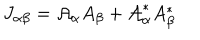
J _ { \alpha \beta } = { \cal { A } } _ { \alpha } A _ { \beta } + { \cal { A } } _ { \alpha } ^ { * } A _ { \beta } ^ { * }